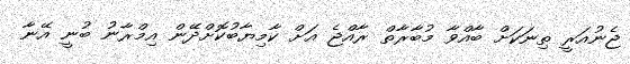
ޖެނުއަރީ ތިނަކަށް ބާއްވާ މުބާރާތް ރާއްޖެ އަށް ކާމިޔާބުކޮށްދޭން އިމްރާނު ބުނީ އޭނާ